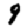
Digit: 9